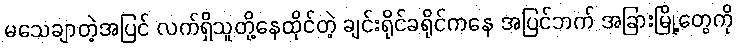
မသေချာတဲ့အပြင် လက်ရှိသူတို့နေထိုင်တဲ့ ချင်းရိုင်ခရိုင်ကနေ အပြင်ဘက် အခြားမြို့တွေကို